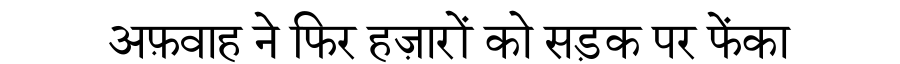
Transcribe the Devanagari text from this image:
अफ़वाह ने फिर हज़ारों को सड़क पर फेंका